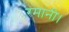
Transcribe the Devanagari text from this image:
रमानी।